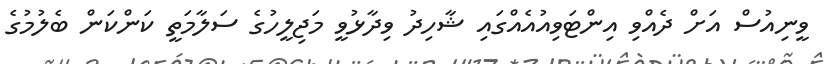
ވީނިއުސް އަށް ދެއްވި އިންޓަވިއުއެއްގައި ޝާހިދު ވިދާޅުވީ މަޖިލީހުގެ ސަލާމަތީ ކަންކަން ބެލުމުގެ